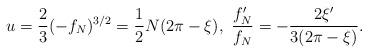
LaTeX: \begin{align*} u=\frac23(-f_N)^{3/2}=\frac{1}{2}N(2\pi-\xi),\ \frac{f_N'}{f_N}=-\frac{2\xi'}{3(2\pi-\xi)}. \end{align*}